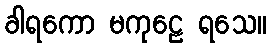
ခါရကော မကုဠေ ရသေ။